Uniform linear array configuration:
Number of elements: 48
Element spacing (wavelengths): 0.5
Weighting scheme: cosine
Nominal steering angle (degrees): -15
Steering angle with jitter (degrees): -15.901
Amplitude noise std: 0.05
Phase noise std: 0.05

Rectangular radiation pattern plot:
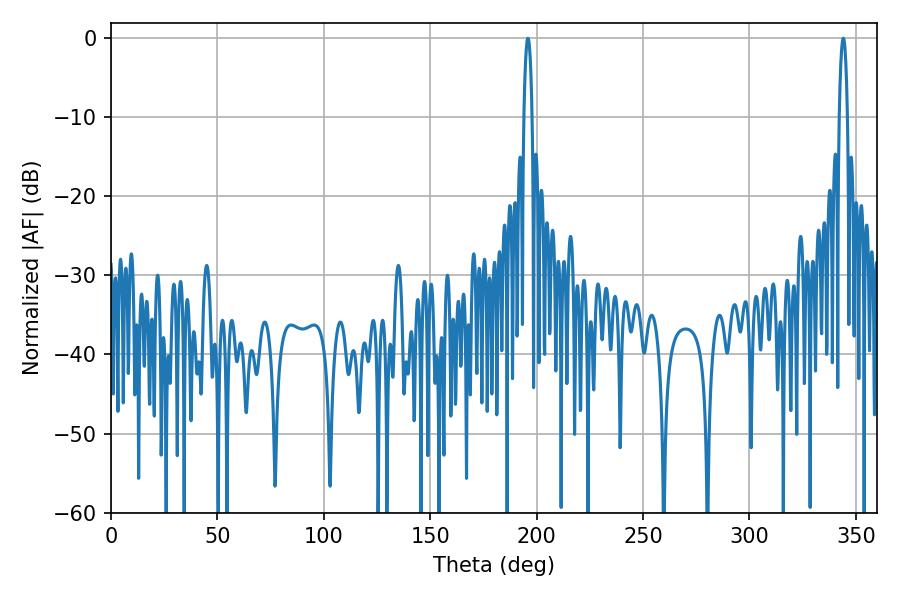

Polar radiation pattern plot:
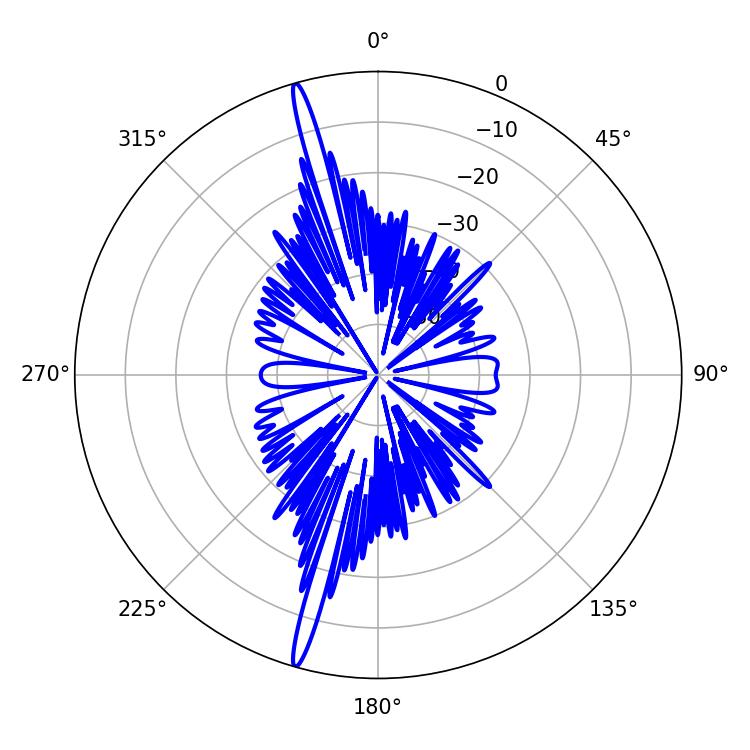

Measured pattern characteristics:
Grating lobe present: FALSE
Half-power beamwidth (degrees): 2.16
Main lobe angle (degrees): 195.84